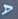
A